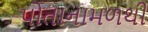
પોતાનામળથી